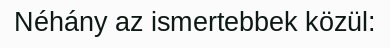
Néhány az ismertebbek közül: